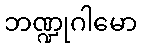
ဘဏ္ဍုဂါမော